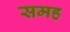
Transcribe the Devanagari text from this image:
समह